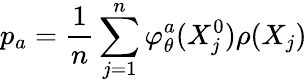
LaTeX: p_{a}=\frac{1}{n}\sum_{j=1}^{n}\varphi_{\theta}^{a}(X_{j}^{0})\rho(X_{j})